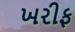
ખરીફ